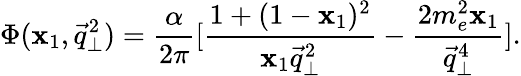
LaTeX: \Phi(\mathbf{x}_{1},\vec{{q}}_{\bot}^{2})=\frac{{\alpha}}{{2\pi}}[\frac{{1+(1-\mathbf{x}_{1})^{2}}}{{\mathbf{x}_{1}\vec{{q}}_{\bot}^{2}}}-\frac{{2m_{e}^{2}\mathbf{x}_{1}}}{{\vec{{q}}_{\bot}^{4}}}].